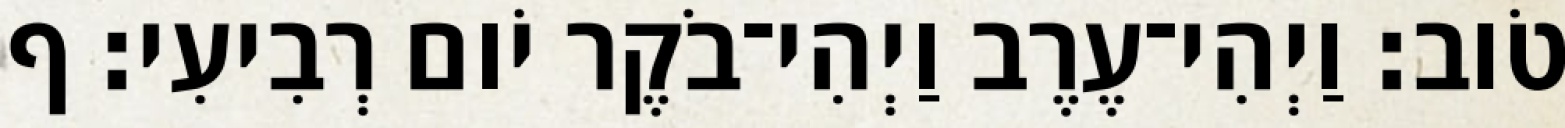
טֹוב׃ וַיְהִי־עֶרֶב וַיְהִי־בֹקֶר יֹום רְבִיעִי׃ ף